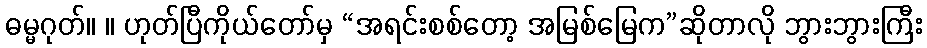
ဓမ္မဂုတ်။ ။ ဟုတ်ပြီကိုယ်တော်မှ “အရင်းစစ်တော့ အမြစ်မြေက”ဆိုတာလို ဘွားဘွားကြီး